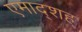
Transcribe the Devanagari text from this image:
एमाद्शह्